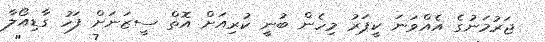
ޖަރުމަނުގެ އެއްވަނަ ކީޕަރު މިހެން ބުނީ ކުރިއަށް އޮތް ސީޒަނަށް ފަހު ގާޑިއޯލާ